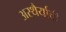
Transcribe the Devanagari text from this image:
अस्थैर्याची